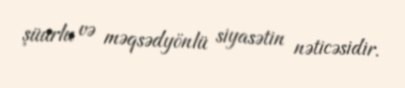
şüurlu və məqsədyönlü siyasətin nəticəsidir.